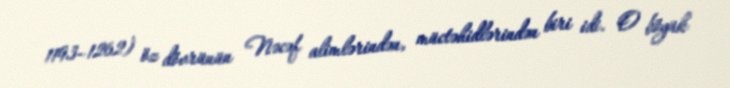
1193–1262) öz dövrünün Nəcəf alimlərindən, müctəhidlərindən biri idi. O böyük